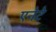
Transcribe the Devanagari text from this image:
एनेटे